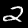
Digit: 2